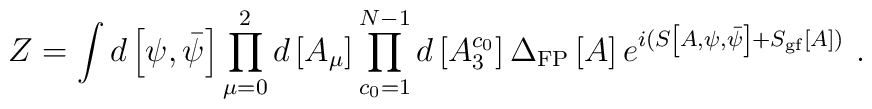
Z=\int d\left[\psi,\bar{\psi}\right] \prod_{\mu=0}^{2} d\left[A_{\mu}\right]\prod_{c_{0}=1}^{N-1}d\left[A_{3}^{c_{0}}\right]\Delta_{\rm FP} \left[A\right]e^{i(S \left[A,\psi,\bar{\psi}\right]+S_{\rm gf}\left[A \right])} \ .